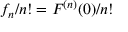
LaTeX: f _ { n } / n ! = F ^ { ( n ) } ( 0 ) / n !